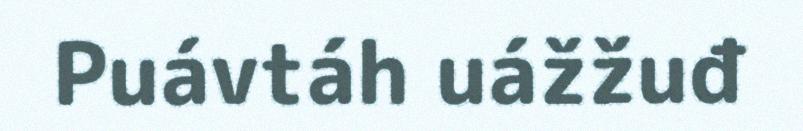
Puávtáh uážžuđ